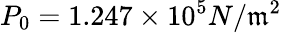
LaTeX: P_{0}=1.247\times10^{5}N/\mathfrak{m}^{2}